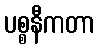
ပစ္စနီကတာ